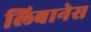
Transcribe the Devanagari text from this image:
लिबानेस